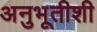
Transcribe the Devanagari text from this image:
अनुभूतीशी